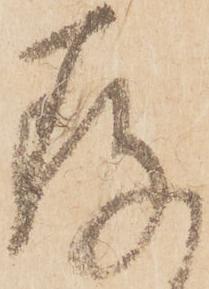
存